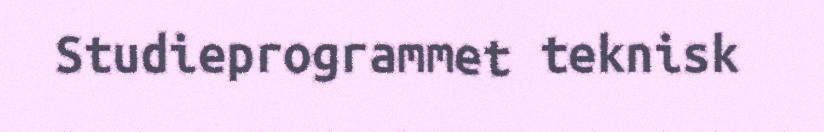
Studieprogrammet teknisk